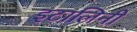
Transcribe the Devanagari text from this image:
इटालिनी